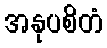
အနုပစိတံ